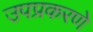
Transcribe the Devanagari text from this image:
उपप्रकरणे